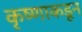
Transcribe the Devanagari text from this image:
कृष्णाकडून